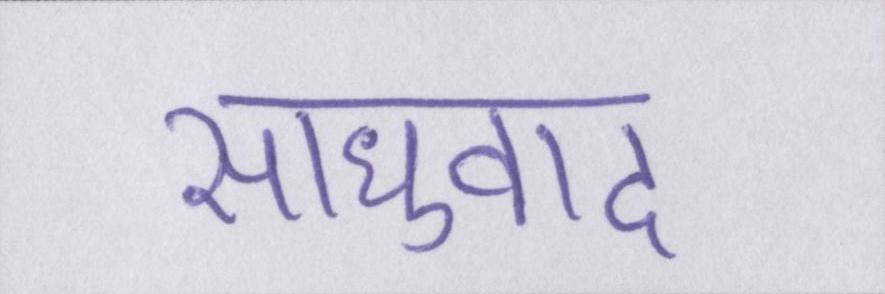
साधुवाद